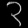
Digit: ၃